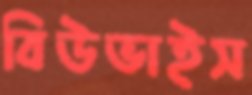
বিউভাইস